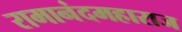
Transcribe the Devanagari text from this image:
रामानंदमहाराज